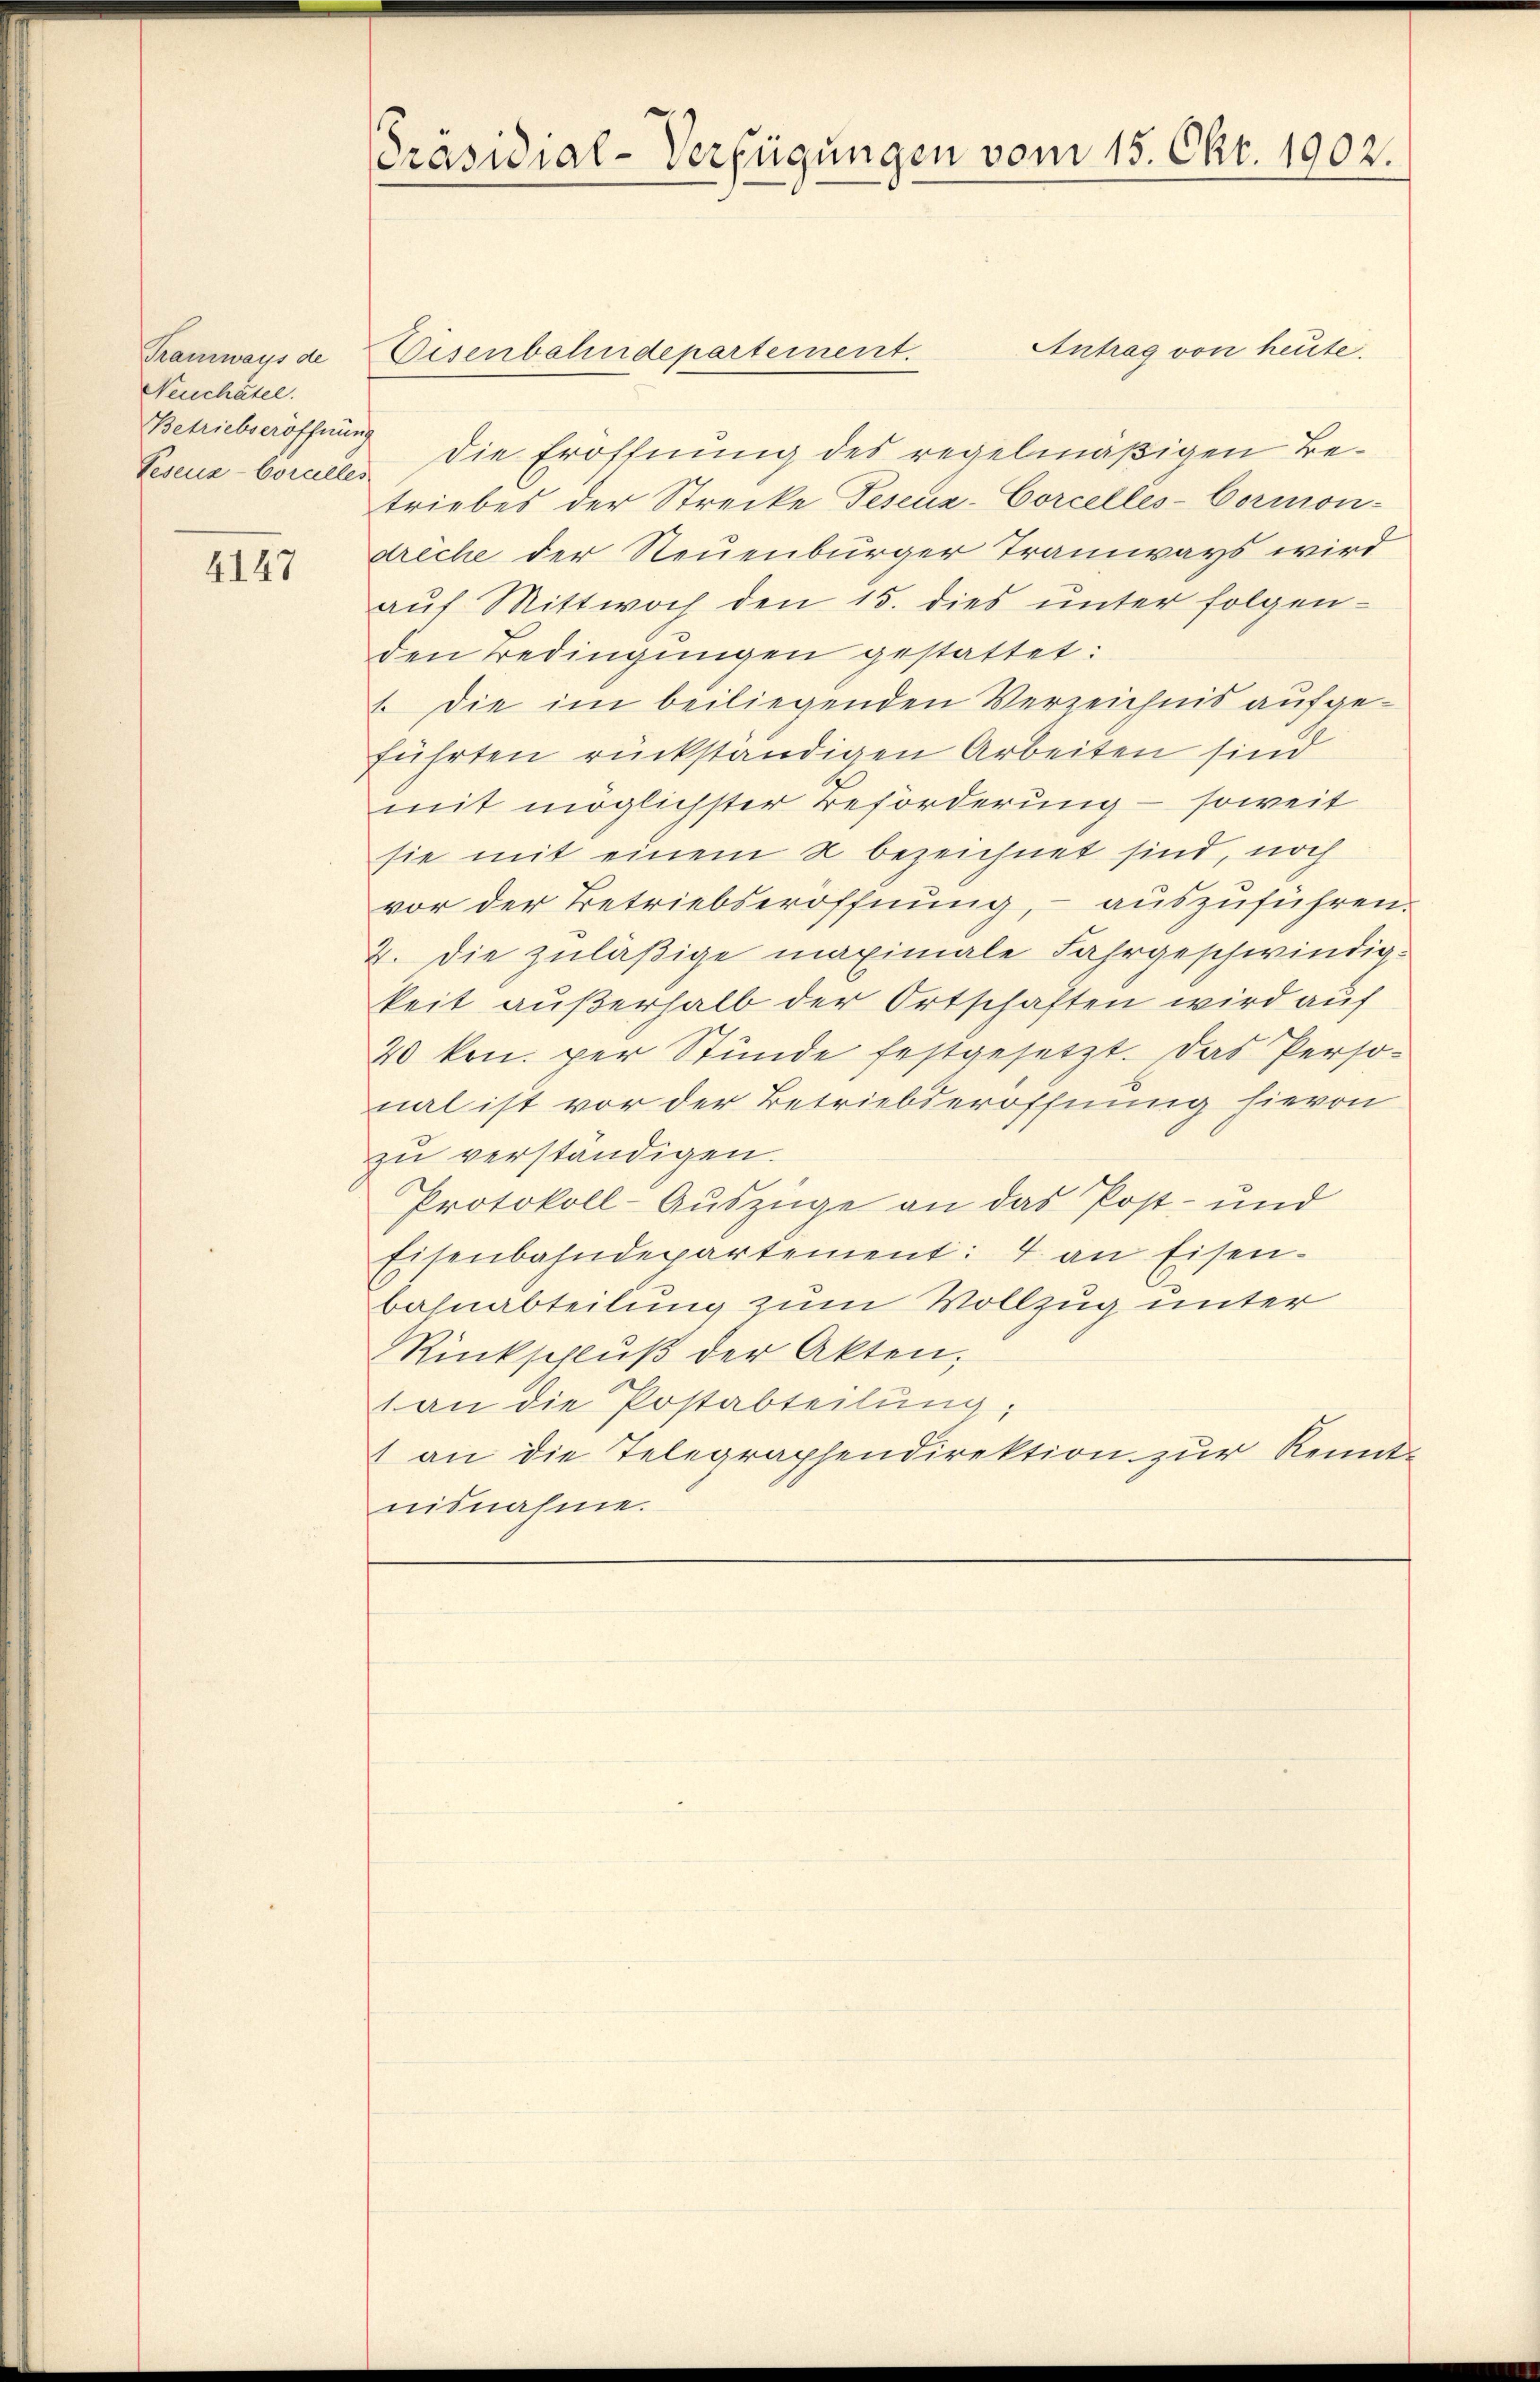
Tramways de
Neuchâtel.
Betriebseröffnung

4147

Präsidial-Verfügungen vom 15. Okt. 1902.

Antrag von heute.
Eisenbahndepartement.
Teseuzborcele die Eröffnung des regelmäßigen Betriebes der Strecke Feseua-Corcelles-Cormon-
dreche der Neuenburger Tramways wird
auf Mittwoch den 15. dies unter folgen-
den Bedingungen gestattet:
1. Die im beiliegenden Verzeichnis aufgeführten rückständigen Arbeiten sind
mit möglichster Beförderung - soweit
sie mit einem 2 bezeichnet sind, noch
vor der Betriebseröffnung, – auszuführen.
2. Die zuläßige maximale Fahrgeschwindigkeit außerhalb der Ortschaften wird auf
20 krn. per Stunde festgesetzt. Das Perso-
mal ist vor der Betriebderöffnung hievon
zu verständigen.
Protokoll-Auszüge an das Post- und
Eisenbahndepartement: 4 an Eisen-
bahnabteilung zum Vollzug unter
Rückschluß der Akten,
(an die Postabteilung;
1 an die Telegraphendirektion zur Kennt-
nisnahme.